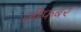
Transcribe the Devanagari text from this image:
लीफबर